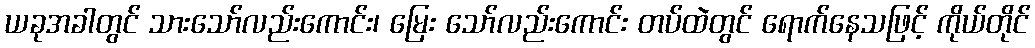
ယခုအခါတွင် သားသော်လည်းကောင်း၊ မြေး သော်လည်းကောင်း တပ်ထဲတွင် ရောက်နေသဖြင့် ကိုယ်တိုင်